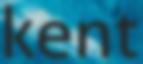
kent